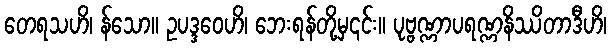
တေရသဟိ၊ န်သော။ ဥပဒ္ဒဝေဟိ၊ ဘေးရန်တို့မှ၎င်း။ ပုဗ္ဗဏ္ဏာပရဏ္ဏနိဿိတာဒီဟိ၊